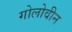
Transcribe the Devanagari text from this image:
गोलोवीन